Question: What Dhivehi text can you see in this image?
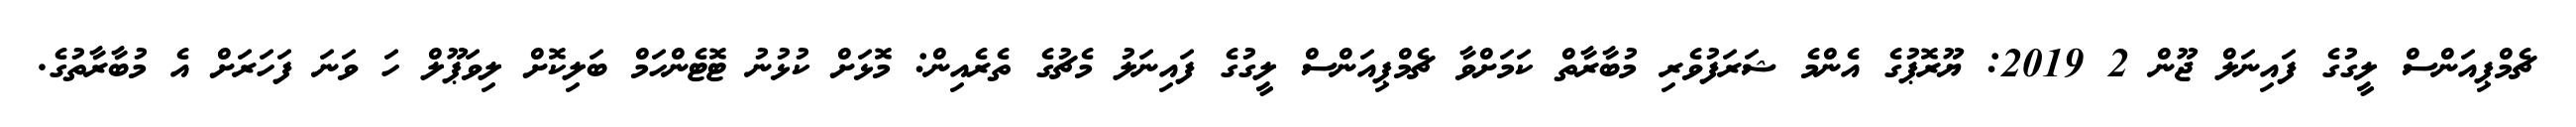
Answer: ޗެމްޕިއަންސް ލީގުގެ ފައިނަލް ޖޫން 2 2019: ޔޫރޮޕުގެ އެންމެ ޝަރަފުވެރި މުބާރާތް ކަމަށްވާ ޗެމްޕިއަންސް ލީގުގެ ފައިނަލު މެޗުގެ ތެރެއިން: މޮޅަށް ކުޅުނު ޓޮޓެންހަމް ބަލިކޮށް ލިވަޕޫލް ހަ ވަނަ ފަހަރަށް އެ މުބާރާތުގެ.